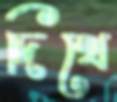
দিখে